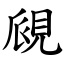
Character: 覛